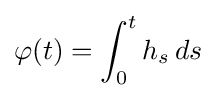
\varphi (t)=\int _{0}^{t}h_{s}\,ds